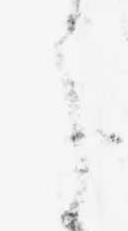
え